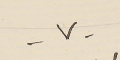
-٧-